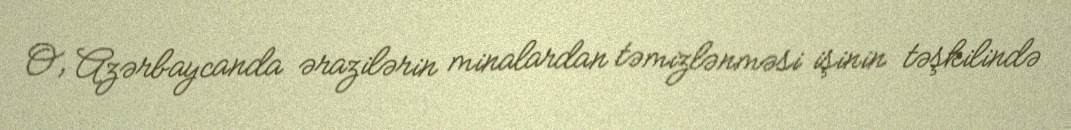
O, Azərbaycanda ərazilərin minalardan təmizlənməsi işinin təşkilində